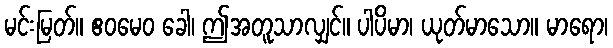
မင်းမြတ်။ ဧဝမေဝ ခေါ၊ ဤအတူသာလျှင်။ ပါပိမာ၊ ယုတ်မာသော။ မာရော၊